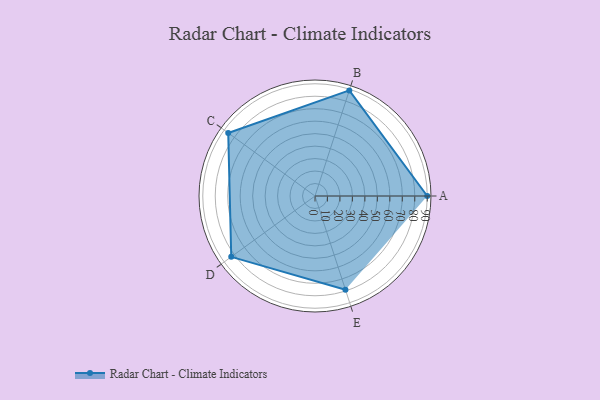
{"axis": {"x": "Skill", "y": "Score"}, "legend": ["Profile"], "data": [{"x": "A", "y": 90.0, "type": "Profile"}, {"x": "B", "y": 89.0, "type": "Profile"}, {"x": "C", "y": 86.0, "type": "Profile"}, {"x": "D", "y": 83.0, "type": "Profile"}, {"x": "E", "y": 79.0, "type": "Profile"}]}